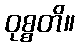
ဝုစ္စတိ။